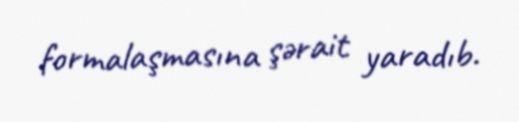
formalaşmasına şərait yaradıb.